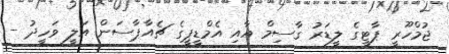
ޖުމްހޫރީ ޕާޓީގެ ލީޑަރު ގާސިމް އާއި އެމްޑީޕީގެ ޗެއާޕާސަން އަލީ ވަހީދު -